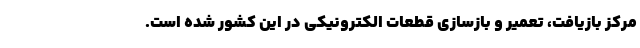
مرکز بازیافت، تعمیر و بازسازی قطعات الکترونیکی در این کشور شده است.